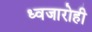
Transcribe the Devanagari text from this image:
ध्वजारोही